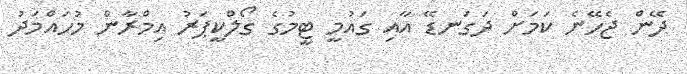
ދޭން ޖެހޭނެ ކަމަށް ދަގަނޑޭ އާއި ގައުމީ ޓީމުގެ ގޯލްކީޕަރު އިމްރާން މުހައްމަދު